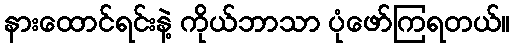
နားထောင်ရင်းနဲ့ ကိုယ်ဘာသာ ပုံဖော်ကြရတယ်။